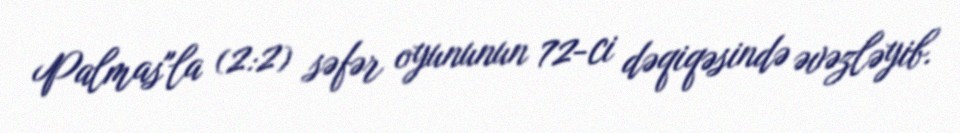
Palmas"la (2:2) səfər oyununun 72-ci dəqiqəsində əvəzləyib.